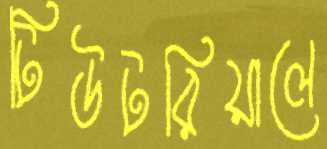
টিউটরিয়ালে